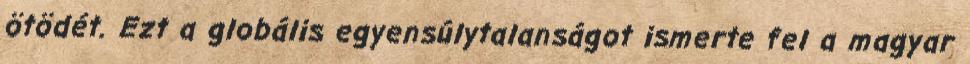
ötödét. Ezt a globális egyensúlytalanságot ismerte fel a magyar